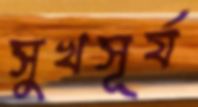
সুখসূর্য